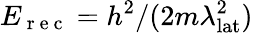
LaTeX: E_{\mathrm{~r~e~c~}}=h^{2}/(2m\lambda_{\textrm{lat}}^{2})